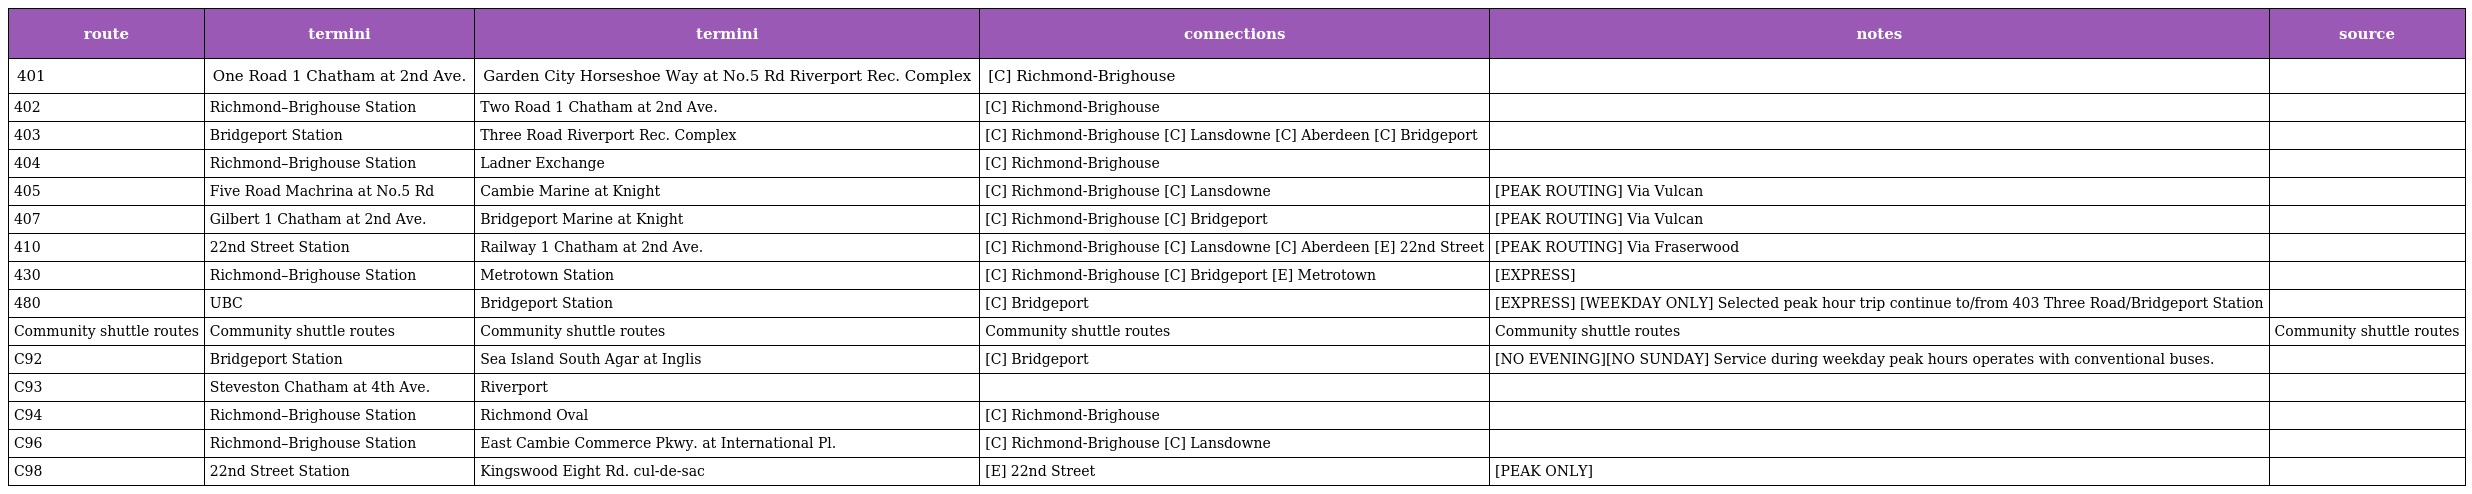
| route | termini | termini | connections | notes | source |
 | --- | --- | --- | --- | --- | --- |
 | 401 | One Road 1 Chatham at 2nd Ave. | Garden City Horseshoe Way at No.5 Rd Riverport Rec. Complex | [C] Richmond-Brighouse |  |  |
 | 402 | Richmond–Brighouse Station | Two Road 1 Chatham at 2nd Ave. | [C] Richmond-Brighouse |  |  |
 | 403 | Bridgeport Station | Three Road Riverport Rec. Complex | [C] Richmond-Brighouse [C] Lansdowne [C] Aberdeen [C] Bridgeport |  |  |
 | 404 | Richmond–Brighouse Station | Ladner Exchange | [C] Richmond-Brighouse |  |  |
 | 405 | Five Road Machrina at No.5 Rd | Cambie Marine at Knight | [C] Richmond-Brighouse [C] Lansdowne | [PEAK ROUTING] Via Vulcan |  |
 | 407 | Gilbert 1 Chatham at 2nd Ave. | Bridgeport Marine at Knight | [C] Richmond-Brighouse [C] Bridgeport | [PEAK ROUTING] Via Vulcan |  |
 | 410 | 22nd Street Station | Railway 1 Chatham at 2nd Ave. | [C] Richmond-Brighouse [C] Lansdowne [C] Aberdeen [E] 22nd Street | [PEAK ROUTING] Via Fraserwood |  |
 | 430 | Richmond–Brighouse Station | Metrotown Station | [C] Richmond-Brighouse [C] Bridgeport [E] Metrotown | [EXPRESS] |  |
 | 480 | UBC | Bridgeport Station | [C] Bridgeport | [EXPRESS] [WEEKDAY ONLY] Selected peak hour trip continue to/from 403 Three Road/Bridgeport Station |  |
 | Community shuttle routes | Community shuttle routes | Community shuttle routes | Community shuttle routes | Community shuttle routes | Community shuttle routes |
 | C92 | Bridgeport Station | Sea Island South Agar at Inglis | [C] Bridgeport | [NO EVENING][NO SUNDAY] Service during weekday peak hours operates with conventional buses. |  |
 | C93 | Steveston Chatham at 4th Ave. | Riverport |  |  |  |
 | C94 | Richmond–Brighouse Station | Richmond Oval | [C] Richmond-Brighouse |  |  |
 | C96 | Richmond–Brighouse Station | East Cambie Commerce Pkwy. at International Pl. | [C] Richmond-Brighouse [C] Lansdowne |  |  |
 | C98 | 22nd Street Station | Kingswood Eight Rd. cul-de-sac | [E] 22nd Street | [PEAK ONLY] |  |